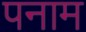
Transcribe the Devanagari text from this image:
पनाम